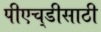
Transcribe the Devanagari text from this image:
पीएच्‌डीसाठी